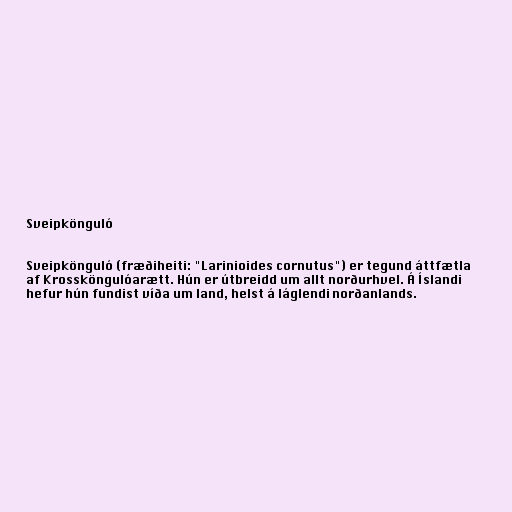
Sveipkönguló

Sveipkönguló (fræðiheiti: "Larinioides cornutus") er tegund áttfætla
af Krossköngulóarætt. Hún er útbreidd um allt norðurhvel. Á Íslandi
hefur hún fundist víða um land, helst á láglendi norðanlands.